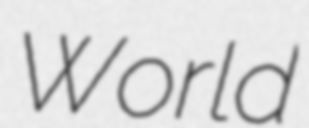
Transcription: World